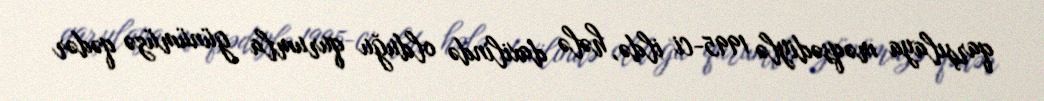
qarşılaya məqsədiylə 1995-ci ildə, hələ daxilində olduğu qurumla günümüzə qədər